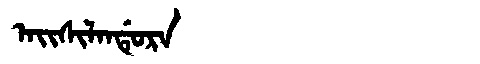
Manchu: ᠠᡳᠰᡳᠯᠠᠨᡩᡠᡵᠠ
Romanization: AISILANDURA